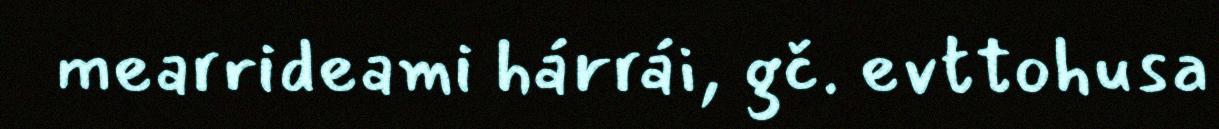
mearrideami hárrái, gč. evttohusa